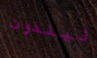
ليندون